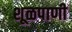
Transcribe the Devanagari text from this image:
शूळपाणी